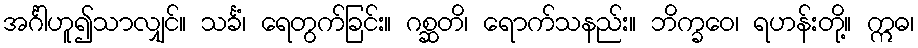
အင်္ဂါဟူ၍သာလျှင်။ သင်္ခံ၊ ရေတွက်ခြင်း။ ဂစ္ဆတိ၊ ရောက်သနည်း။ ဘိက္ခဝေ၊ ရဟန်းတို့။ ဣဓ၊